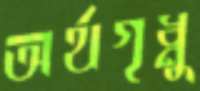
অর্থগৃধ্নু